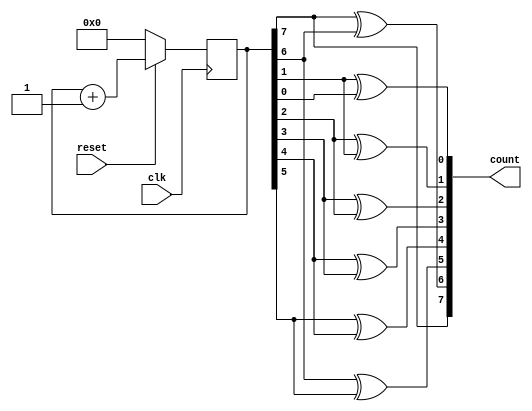
module gray_counter( clk,reset,count);
    input clk,reset;
    output [7:0] count;
    reg [7:0] y;
    always@(posedge clk)
    begin
    if(!reset) y=0;
    else y=y+1; 
    end
    
    assign count={y[7],y[7]^y[6],y[6]^y[5],y[5]^y[4],y[4]^y[3],y[3]^y[2],y[2]^y[1],y[1]^y[0]};
    
endmodule